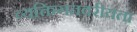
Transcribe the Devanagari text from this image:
व्यक्तिगतवरीयता